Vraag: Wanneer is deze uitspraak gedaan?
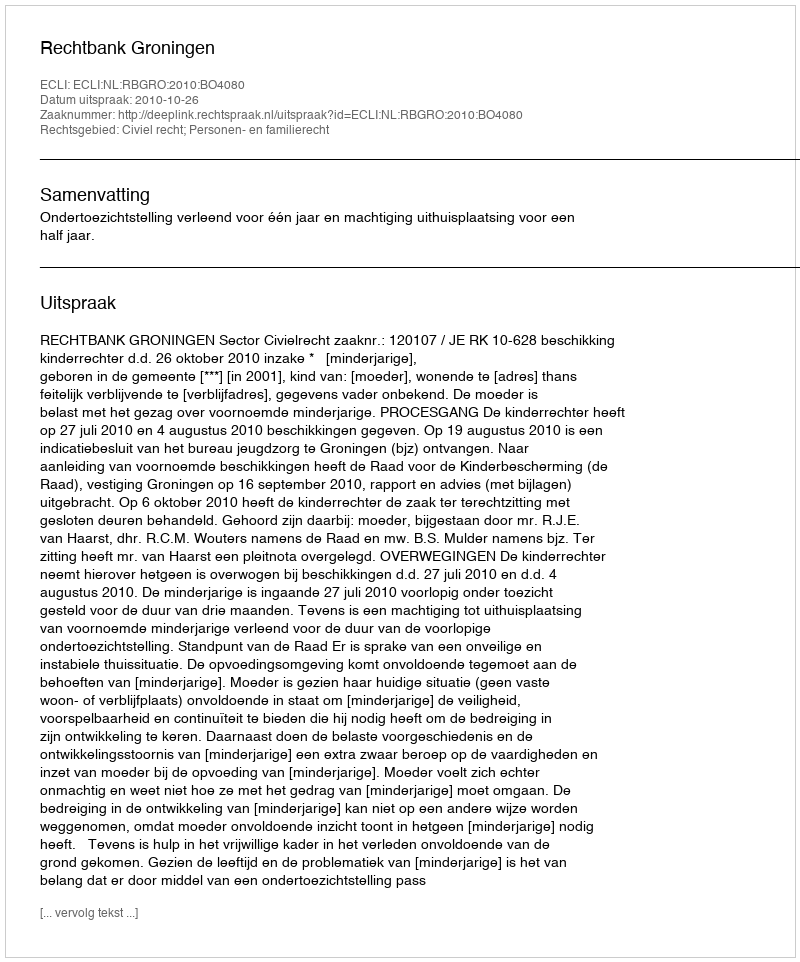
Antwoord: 2010-10-26